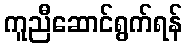
ကူညီဆောင်ရွက်ရန်